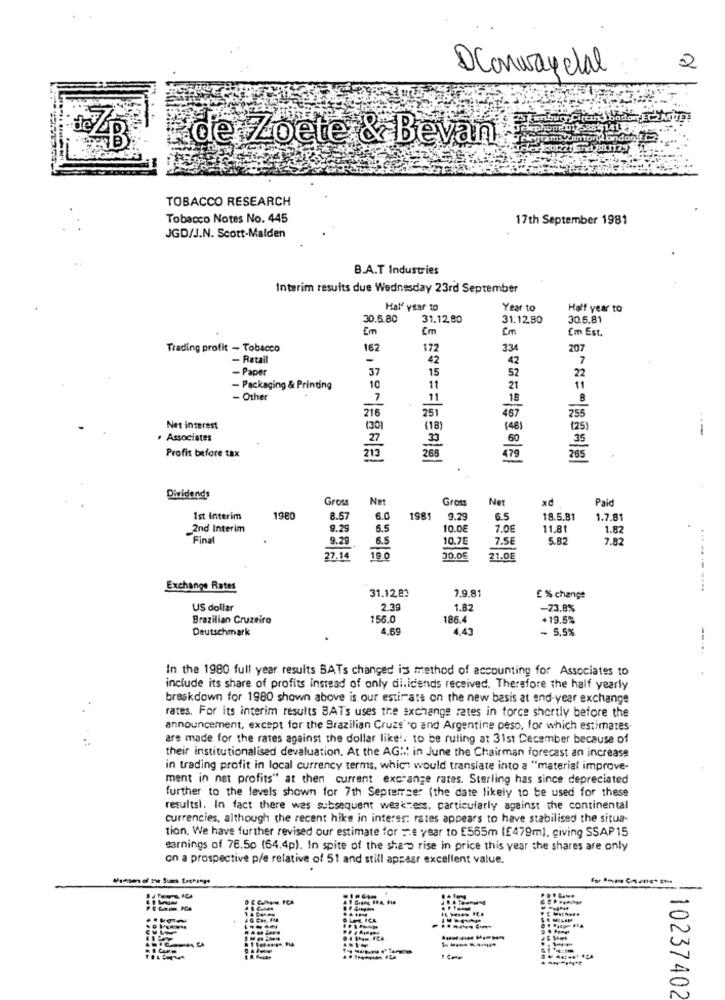
DConwaydal
2
phone:0125381
de Zoete & Bevan
Troms Zamora boden
288221 74 88 1125
TOBACCO RESEARCH
Tobacco Notes No. 445
17th September 1981
JGD/J.N. Scott-Malden
B.A.T Industries
Interim resuits due Wednesday 23rd September
Half year to
Year to
Half year to
30.5.80
31.12.80
31:12.30
30.5.81
Em
Em
Cm
Em Est.
Trading profit - Tobacco
162
172
334
207
- Retail
-
42
42
- Paper
22
37
15
52
- Packaging & Printing
10
11
21
11
- Other
7
11
18
B
255
216
467
Net interest
(30)
(18)
(48)
(25)
· Associates
60
35
Profit before tax
265
Dividends
Gross
Net
Gross
Net
xd
Paid
Ist Interim
1980
8.5
6.0
1981
9.29
6.5
18.5.81
1.7.81
2nd Interim
9.29
5.5
10.0€
7.0E
11.81
1.82
Final
9.29
6.5
10.7E
7.5€
5.82
7.82
27.14
19.0
30.0€
21.0E
Exchange Rates
31.12.83
7.9.81
---
£ % change
US dollar
2.39
1.82
-23.8%
Brazilian Cruzeiro
156.0
186.4
+19.5%
Deutschmark
4.69
4.43
- 5.5%
In the 1980 full year results BATs changed is method of accounting for Associates to
include its share of profits instead of only di.icends received. Therefore the half yearly
breakdown for 1980 shown above is our estimate on the new basis at end-year exchange
rates. For its interim results BATs uses the exchange rates in force shortly before the
announcement, except for the Brazilian Cruzs'co and Argentine peso, for which estimates.
are made for the rates against the dollar like !. to be ruling at 31st December because of
their institutionalised devaluation. At the AG !! in June the Chairman forecast an increase
in trading profit in local currency terms, which would translate into a "material improve-
ment in net profits" at then current exchange rates. Sterling has since depreciated
further to the levels shown for 7th Septerrser (the date likely to be used for these
resultsi. In fact there was subsequent weakness, particularly against the continental
currencies, although the recent hike in interer: rates appears to have stabilised the situa-
tion. We have further revised our estimate for =e year to E565m (E479m), giving SSAP15
earnings of 76.50 (64.4p). In spite of the sharp rise in price this year the shares are only
on a prospective p/e relative of 51 and still appasr excellent value.
-
LICL
10237402